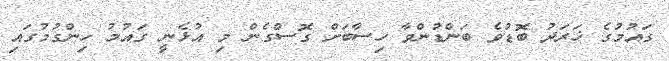
ގައުމުގެ ޚަރަދު ބޮޑުވެ ބަންޑުންވާ ހިސާބަށް ގޮސްގެން މި އުޅެނީ ގައުމު ހިންގުމުގައި